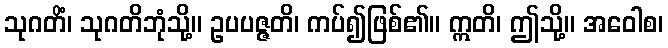
သုဂတိံ၊ သုဂတိဘုံသို့။ ဥပပဇ္ဇတိ၊ ကပ်၍ဖြစ်၏။ ဣတိ၊ ဤသို့။ အဝေါစ၊